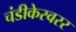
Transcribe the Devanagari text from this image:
चंडीकेस्वरर